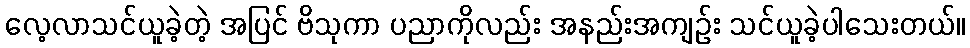
လေ့လာသင်ယူခဲ့တဲ့ အပြင် ဗိသုကာ ပညာကိုလည်း အနည်းအကျဉ်း သင်ယူခဲ့ပါသေးတယ်။